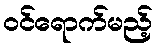
ဝင်ရောက်မည့်